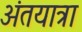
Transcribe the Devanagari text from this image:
अंतयात्रा